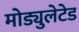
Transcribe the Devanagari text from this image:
मोड्युलेटेड